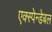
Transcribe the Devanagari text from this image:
एक्स्पेन्डेबल